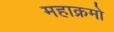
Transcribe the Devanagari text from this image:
महाक्रमो